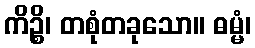
ကိဉ္စိ၊ တစုံတခုသော။ ဓမ္မံ၊